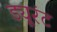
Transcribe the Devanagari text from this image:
ड्यूरंट